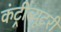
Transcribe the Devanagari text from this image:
कंट्रीब्यूटरी